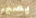
يصير